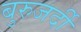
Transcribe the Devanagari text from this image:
बुरुजर्दी